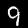
Digit: 9